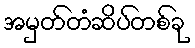
အမှတ်တံဆိပ်တစ်ခု